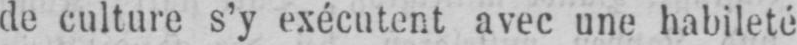
de culture s’y exécutent avec une habileté